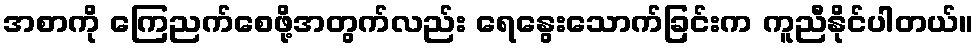
အစာကို ကြေညက်စေဖို့အတွက်လည်း ရေနွေးသောက်ခြင်းက ကူညီနိုင်ပါတယ်။